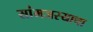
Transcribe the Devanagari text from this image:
सांमजस्याचा